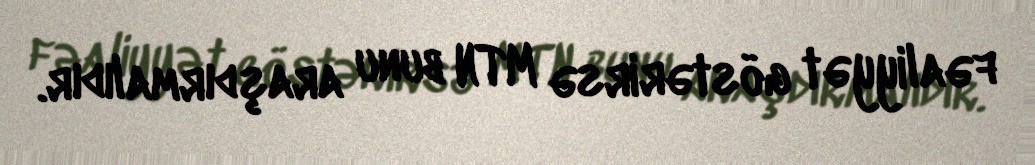
fəaliyyət göstərirsə MTN bunu araşdırmalıdır.